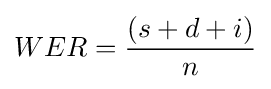
WER={(s+d+i) \over n}